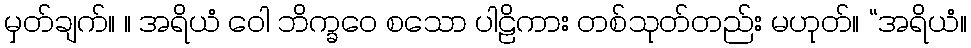
မှတ်ချက်။ ။ အရိယံ ဝေါ ဘိက္ခဝေ စသော ပါဠိကား တစ်သုတ်တည်း မဟုတ်။ “အရိယံ။